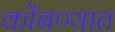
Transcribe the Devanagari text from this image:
कोंबण्यात